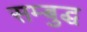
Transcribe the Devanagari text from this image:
सम्बुद्ध